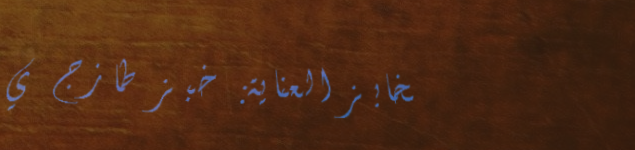
مخابز العناية: خبز طازج ي